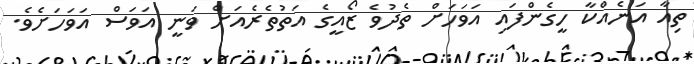
ތިއާ އަނެއްކާ ހީގެންފައި އަވަހަށް ތެދުވެ ޒޯއީގެ އަތުތެރެއަށް ވަނީ އަވަސް އަވަހަށެވެ.